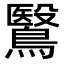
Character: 鷖